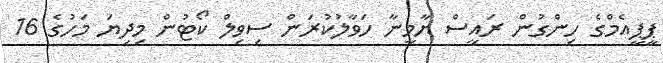
ޕީޕީއެމްގެ ހިންގުން ރައީސް ޔާމީނާ ހަވާލުކުރަން ސިވިލް ކޯޓުން މިދިޔަ މަހުގެ 16